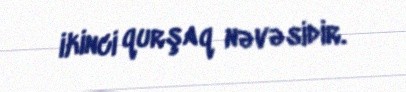
ikinci qurşaq nəvəsidir.